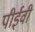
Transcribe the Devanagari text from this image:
पीईवी